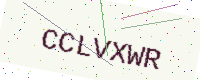
Text: CCLVXWR